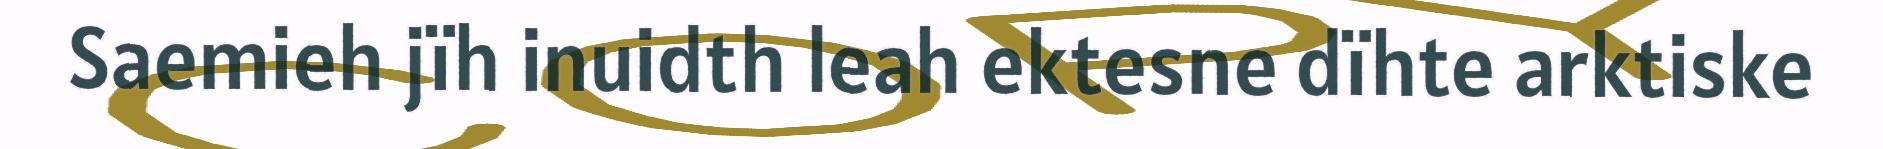
Saemieh jïh inuidth leah ektesne dïhte arktiske